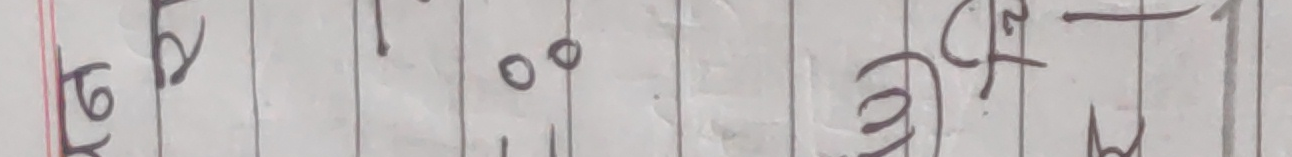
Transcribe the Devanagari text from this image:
वि ०० २७ घंटे बजे